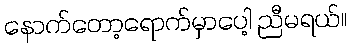
နောက်တော့ရောက်မှာပေါ့ ညီမရယ်။